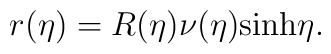
r(\eta)=R(\eta)\nu(\eta)\textrm{sinh}\eta.